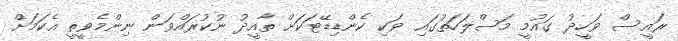
ރައީސް ވަހީދު ގައުމީ މަސްލަހަތުގައި ވަކި ކެންޑިޑޭޓަކަށް ތާއީދު ނުކުރައްވަން ނިންމެވީތީ އެކަމަށް